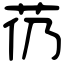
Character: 芿